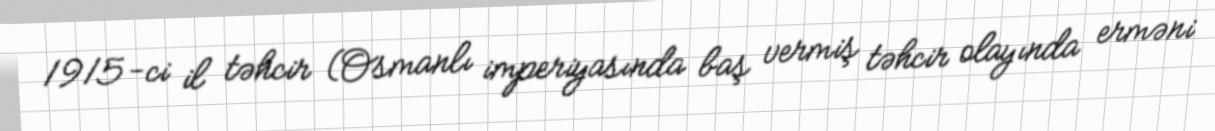
1915-ci il təhcir (Osmanlı imperiyasında baş vermiş təhcir olayında erməni